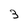
Character: 3